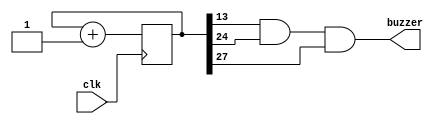
module tes_buzzer( input clk, output buzzer );

  reg beep_r;
  reg [27:0] count;

  assign buzzer = beep_r;

  always@(posedge clk)
	  count <= count + 1'b1;

  always @(count[9])
  	beep_r = ( count[13] & count[24] & count[27] );

endmodule